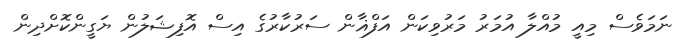
ނަމަވެސް މިއީ މުއްލާ އުމަރު މަރުވިކަން އަފްޣާން ސަރުކާރުގެ އިސް އޮފިޝަލުން ޔަގީންކޮށްދިން